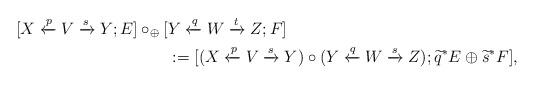
LaTeX: \begin{align*}[X \xleftarrow p V \xrightarrow s Y; E] \circ_{\oplus} [& Y \xleftarrow q W \xrightarrow t Z; F]\\&: = [(X \xleftarrow p V \xrightarrow s Y) \circ (Y \xleftarrow q W \xrightarrow s Z);\widetilde{q}^*E \oplus \widetilde{s}^*F ],\end{align*}